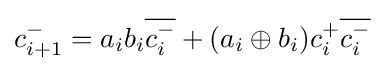
c_{i+1}^{-}=a_{i}b_{i}{\overline {c_{i}^{-}}}+(a_{i}\oplus b_{i})c_{i}^{+}{\overline {c_{i}^{-}}}